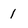
Character: 1